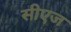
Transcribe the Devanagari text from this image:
सीएज